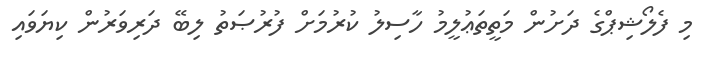
މި ފެލޯޝިޕްގެ ދަށުން މަތީތަޢުލީމު ހާސިލު ކުރުމަށް ފުރުޞަތު ލިބޭ ދަރިވަރުން ކިޔަވައި